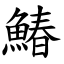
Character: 鰆